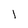
Character: 1